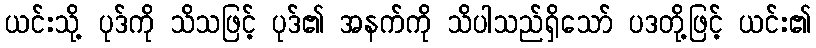
ယင်းသို့ ပုဒ်ကို သိသဖြင့် ပုဒ်၏ အနက်ကို သိပါသည်ရှိသော် ပဒတို့ဖြင့် ယင်း၏